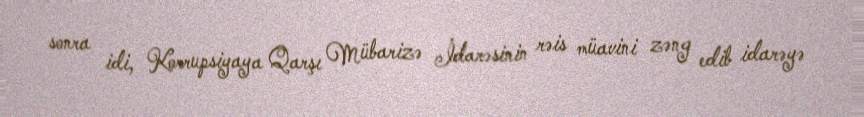
sonra idi, Korrupsiyaya Qarşı Mübarizə İdarəsinin rəis müavini zəng edib idarəyə